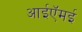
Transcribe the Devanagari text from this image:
आईऍमई